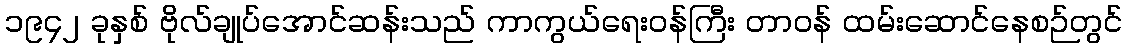
၁၉၄၂ ခုနှစ် ဗိုလ်ချုပ်အောင်ဆန်းသည် ကာကွယ်ရေးဝန်ကြီး တာဝန် ထမ်းဆောင်နေစဉ်တွင်